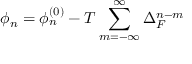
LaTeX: \phi _ { n } = \phi _ { n } ^ { \left( 0 \right) } - T \sum _ { m = - \infty } ^ { \infty } \Delta _ { F } ^ { n - m }